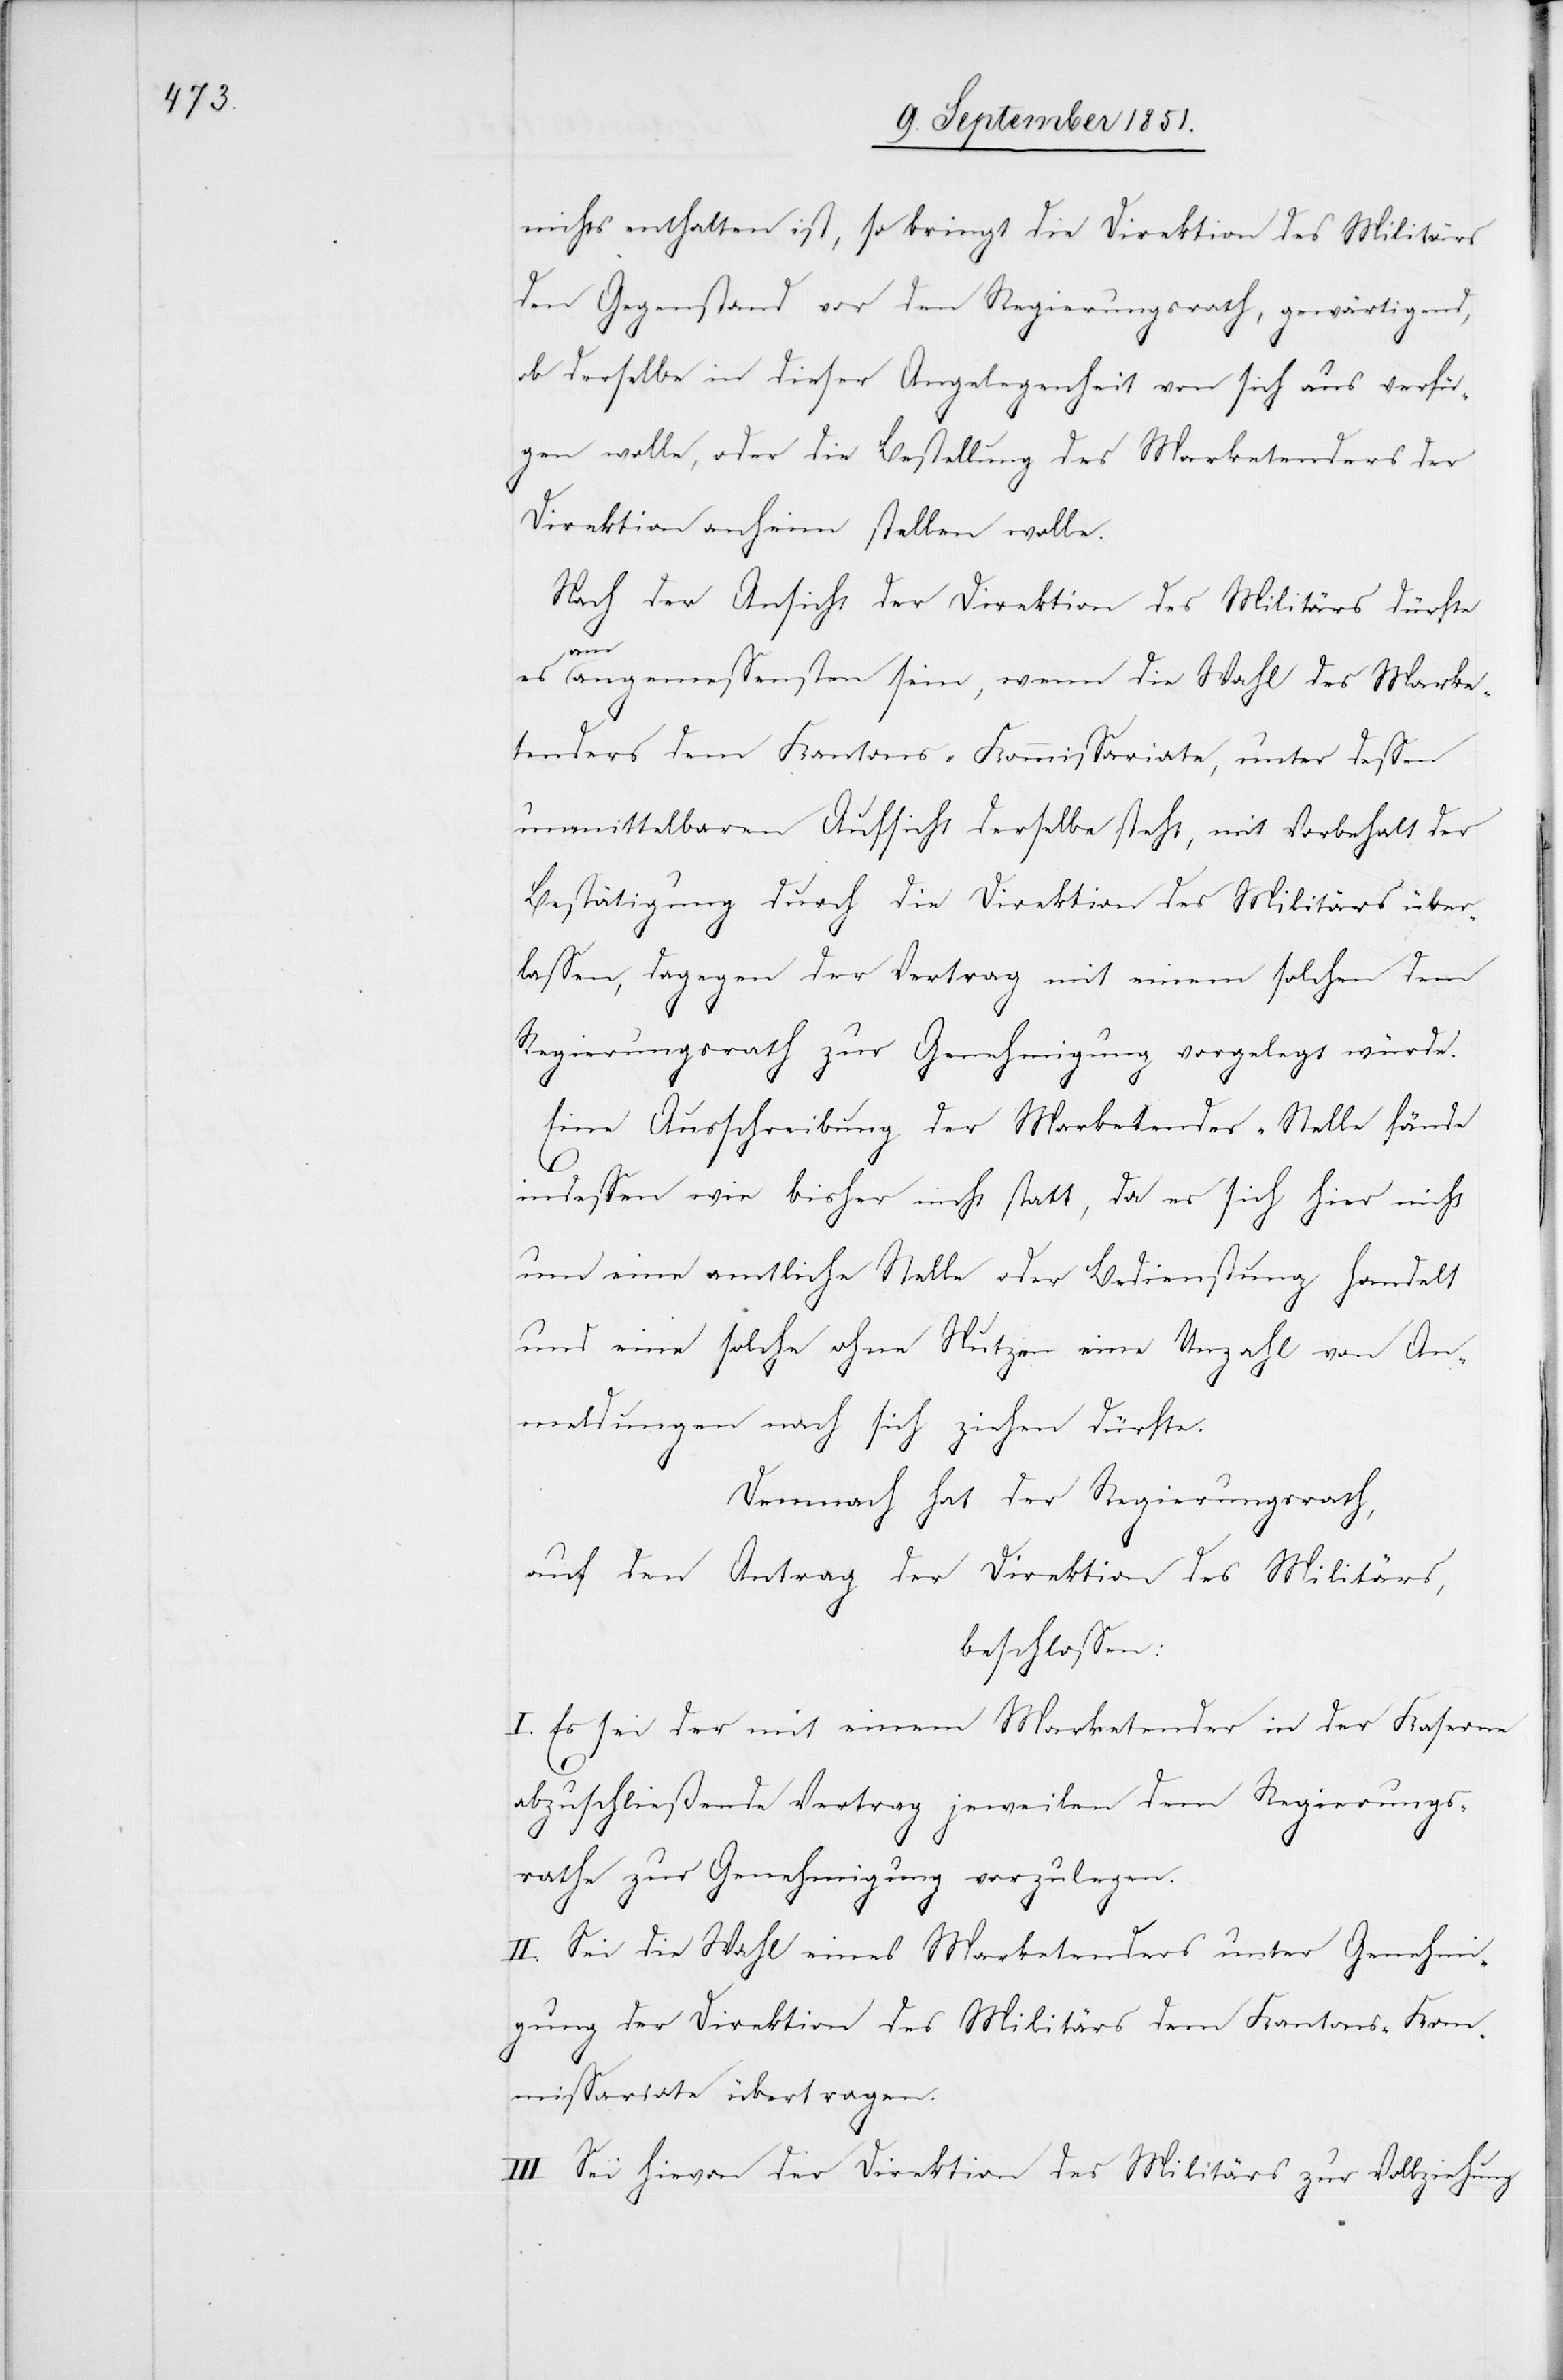
nichts enthalten ist, so bringt die Direktion des Militärs
den Gegenstand vor den Regierungsrath, gewärtigend,
ob derselbe in dieser Angelegenheit von sich aus verfü¬
gen wolle, oder die Bestellung des Marketenders der
Direktion anheim stellen wolle.
Nach der Ansicht der Direktion des Militärs dürfte
es
am angemessensten sein, wenn die Wahl des Marke¬
tenders dem Kantons-Kommissariate, unter dessen
unmittelbaren Aufsicht derselbe steht, mit Vorbehalt der
Bestätigung durch die Direktion des Militärs über¬
lassen, dagegen der Vertrag mit einem solchen dem
Regierungsrath zur Genehmigung vorgelegt würde.
Eine Ausschreibung der Marketender-Stelle fände
indessen wie bisher nicht statt, da es sich hier nicht
um eine amtliche Stelle oder Bedienstung handelt
und eine solche ohne Nutzen eine Unzahl von An¬
meldungen nach sich ziehen dürfe.
Demnach hat der Regierungsrath,
auf den Antrag der Direktion des Militärs,
beschlossen:
I. Es sei der mit einem Marketender in der Kaserne
abzuschließende Vertrag jeweilen dem Regierungs¬
rathe zur Genehmigung vorzulegen.
II. Sei die Wahl eines Marketenders unter Genehmi¬
gung der Direktion des Militärs dem Kantons-Kom¬
missariate übertragen.
III. Sei hievon der Direktion des Militärs zur Vollziehung